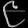
Digit: ၉